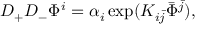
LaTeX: D _ { + } D _ { - } \Phi ^ { i } = \alpha _ { i } \exp ( K _ { i \bar { j } } \bar { \Phi } ^ { \bar { j } } ) ,